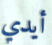
أيدي